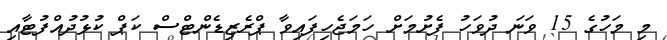
މި މަހުގެ 15 ވަނަ ދުވަހު ފެށުމަށް ހަމަޖެހިފައިވާ ޕްރެޒިޑެންޓްސް ކަޕް ކުޅުދުއްފުޓާއި